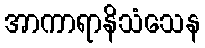
အာကာရာနိသံသေန